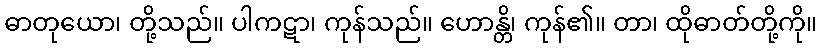
ဓာတုယော၊ တို့သည်။ ပါကဋာ၊ ကုန်သည်။ ဟောန္တိ၊ ကုန်၏။ တာ၊ ထိုဓာတ်တို့ကို။